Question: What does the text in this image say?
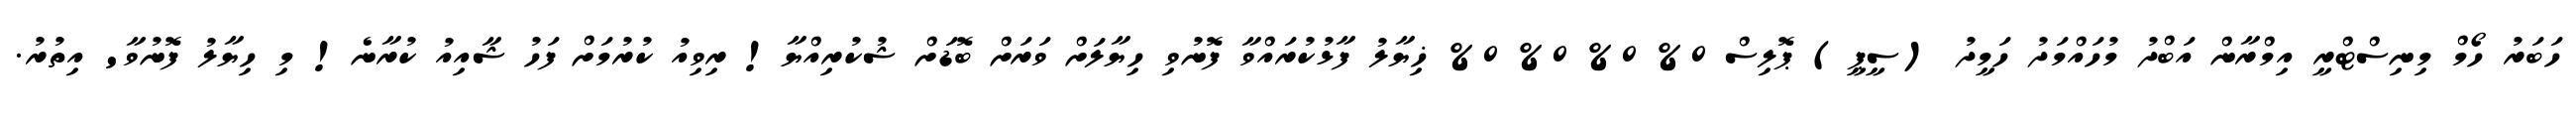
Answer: ހަބަރު ހޯމް މިނިސްޓްރީ އިމްރާން އަބްދު މުހައްމަދު ހަމީދު (ސީޕީ) ޕޮލިސް 0% 0% 0% 0% ޚިޔާލު ފާޅުކުރައްވާ ފޮނުވި ހިޔާލަށް ވަރަށް ބޮޑަށް ޝުކުރިއްޔާ! ރިވިއު ކުރުމަށް ފަހު ޝާއިއު ކުރާނެ! މި ހިޔާލު ފޮނުވާ' އިތުރު.